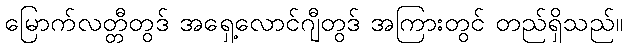
မြောက်လတ္တီတွဒ် အရှေ့လောင်ဂျီတွဒ် အကြားတွင် တည်ရှိသည်။